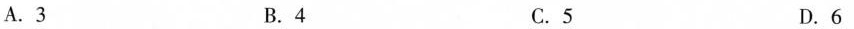
A.3 B.4 C.5 D.6